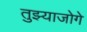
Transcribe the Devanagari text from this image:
तुझ्याजोगे